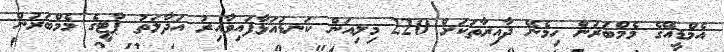
އެމްޑީއޭގެ މެމްބަރުން ހިމެނޭ ދާއިރާތަކަށް 220 މިލިއަން ކަނޑައަޅާފައިވާއިރު އަދާލަތު ޕާޓީގެ މެމްބަރުން